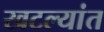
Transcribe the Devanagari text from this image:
खटल्यांत